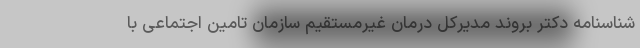
شناسنامه دکتر بروند مدیرکل درمان غیرمستقیم سازمان تامین اجتماعی با